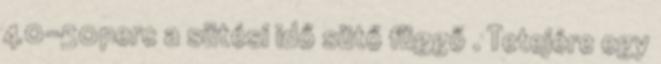
40-50perc a sütési idő sütő függő . Tetejére egy